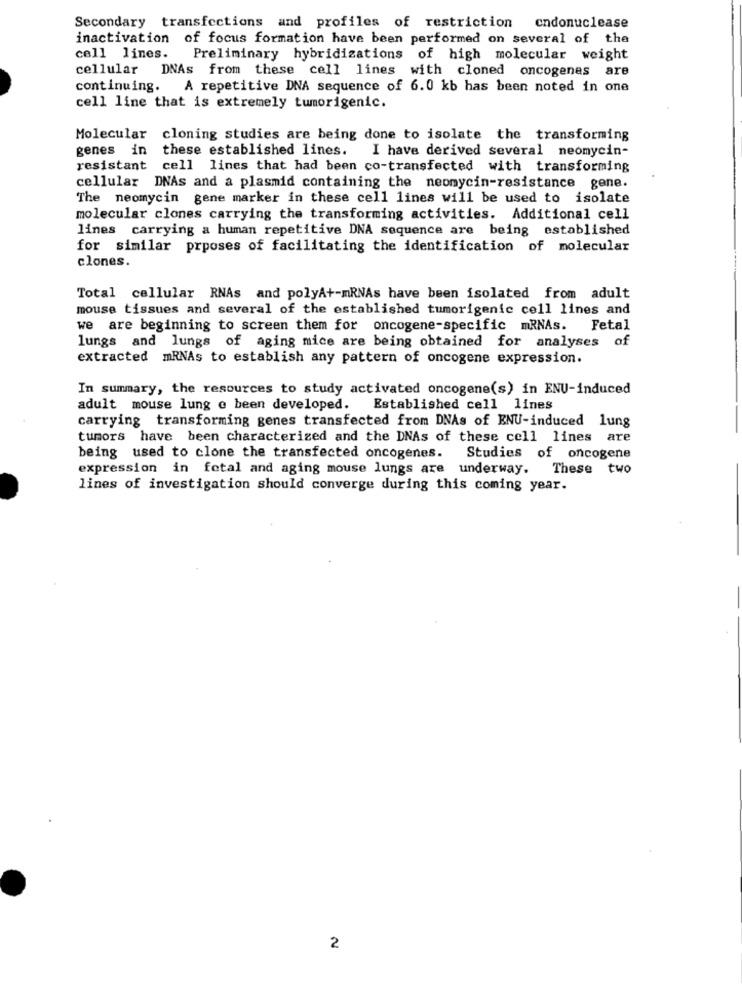
Secondary transfections and profiles of restriction
endonuclease
inactivation of focus formation have been performed on several of the
cell lines.
Preliminary hybridizations of high molecular weight
cellular
DNAs from these cell lines with cloned oncogenes are
continuing. A repetitive DNA sequence of 6.0 kb has been noted in one
cell line that is extremely tumorigenic.
Molecular cloning studies are being done to isolate the transforming
genes in these established lines. I have derived several neomycin-
resistant cell lines that had been co-transfected with transforming
cellular DNAs and a plasmid containing the neomycin-resistance gene.
The neomycin gene marker in these cell lines will be used to isolate
molecular clones carrying the transforming activities. Additional cell
lines carrying a human repetitive DNA sequence are being established
for similar prposes of facilitating the identification of molecular
clones.
Total cellular RNAs and polyA+-mRNAs have been isolated from adult
mouse tissues and several of the established tumorigenic cell lines and
we are beginning to screen them for oncogene-specific mRNAs. Fetal
lungs and lungs of aging mice are being obtained for analyses of
extracted mRNAs to establish any pattern of oncogene expression.
In summary, the resources to study activated oncogene(s) in ENU-induced
adult mouse lung @ been developed. Established cell lines
carrying transforming genes transfected from DNAs of ENU-induced lung
tumors have been characterized and the DNAs of these cell lines are
being used to clone the transfected oncogenes.
Studies of oncogene
expression in fetal and aging mouse lungs are underway. These two
lines of investigation should converge during this coming year.
2